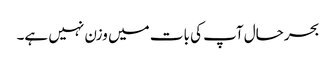
بحرحال آپ کی بات میں وزن نہیں ہے۔